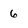
Character: 6